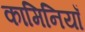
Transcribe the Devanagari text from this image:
कामिनियाँ